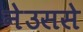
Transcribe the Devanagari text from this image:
नेउससे